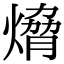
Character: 熁